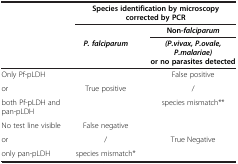
<table><thead><tr><td><b> </b></td><td colspan="2"><b>Species identification by microscopy corrected by PCR</b></td></tr><tr><td><b> </b></td><td><b> </b></td><td><b>Non-<i>falciparum</i></b></td></tr><tr><td><b> </b></td><td><b><i>P. falciparum</i></b></td><td><b><i>(P.vivax, P.ovale, P.malariae)</i> or no parasites detected</b></td></tr></thead><tbody><tr><td>Only Pf-pLDH</td><td> </td><td>False positive</td></tr><tr><td>or</td><td>True positive</td><td>/</td></tr><tr><td>both Pf-pLDH and pan-pLDH</td><td> </td><td>species mismatch**</td></tr><tr><td>No test line visible</td><td>False negative</td><td> </td></tr><tr><td>or</td><td>/</td><td>True Negative</td></tr><tr><td>only pan-pLDH</td><td>species mismatch*</td><td> </td></tr></tbody></table>